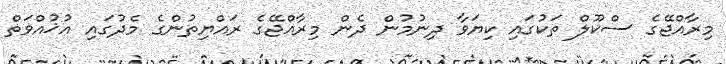
މިރާއްޖޭގެ ސްކޫލް ތަކުގައި ކިޔަވާ ދިނުމުން ދެން މިރާއްޖޭގެ ރައްޔިތުންގެ މެދުގައި އުޚުއްވަތް